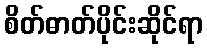
စိတ်ဓာတ်ပိုင်းဆိုင်ရာ